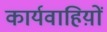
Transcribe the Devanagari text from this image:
कार्यवाहिय़ों